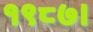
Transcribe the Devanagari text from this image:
१९८७।